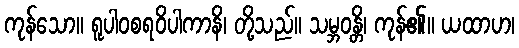
ကုန်သော။ ရူပါဝစရဝိပါကာနိ၊ တို့သည်။ သမ္ဘဝန္တိ၊ ကုန်၏။ ယထာဟ၊